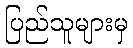
ပြည်သူများမှ